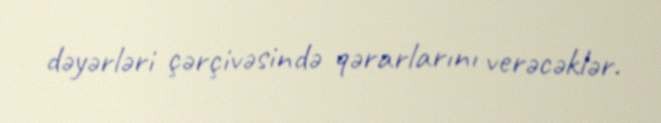
dəyərləri çərçivəsində qərarlarını verəcəklər.